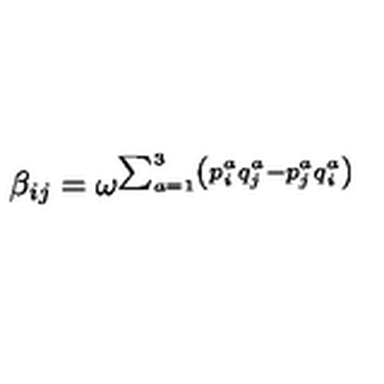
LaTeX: \beta _ { i j } = \omega ^ { \sum _ { a = 1 } ^ { 3 } \left( p _ { i } ^ { a } q _ { j } ^ { a } - p _ { j } ^ { a } q _ { i } ^ { a } \right) }